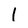
Character: 1